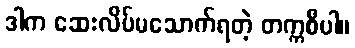
ဒါက ဆေးလိပ်မသောက်ရတဲ့ တက္ကစီပါ။